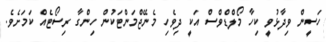
ހަސީން ވިދާޅުވީ ކިހާ މޯލްޑްވްސް އަކީ ދިވެހި މެނޭޖްމަންޓަކުން ހިންގާ ރިސޯޓެއް ކަމަށެވެ.